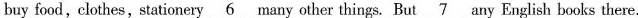
buy food, clothes,stationery 6 many other things. But 7 any English books there.